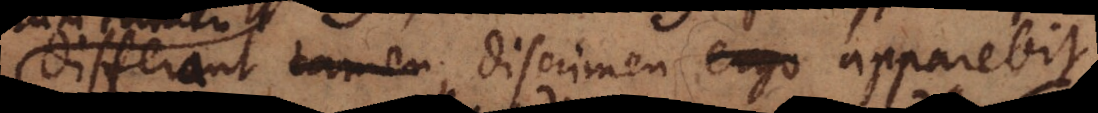
differant tamen, discrimen ergo apparebit